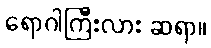
ရောဂါကြီးလား ဆရာ။